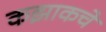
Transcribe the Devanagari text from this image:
कझाकचे